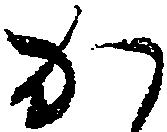
か